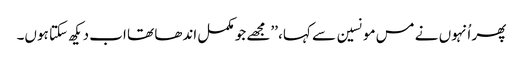
پھر اُنہوں نے مس مونسین سے کہا، ’’مجھے جو مکمل اندھا تھا اب دیکھ سکتا ہوں۔